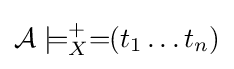
{\mathcal {A}}\models _{X}^{+}=\!\!(t_{1}\ldots t_{n})